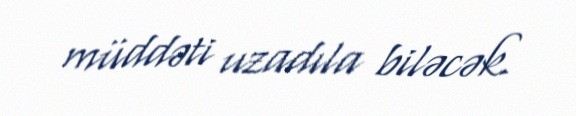
müddəti uzadıla biləcək.